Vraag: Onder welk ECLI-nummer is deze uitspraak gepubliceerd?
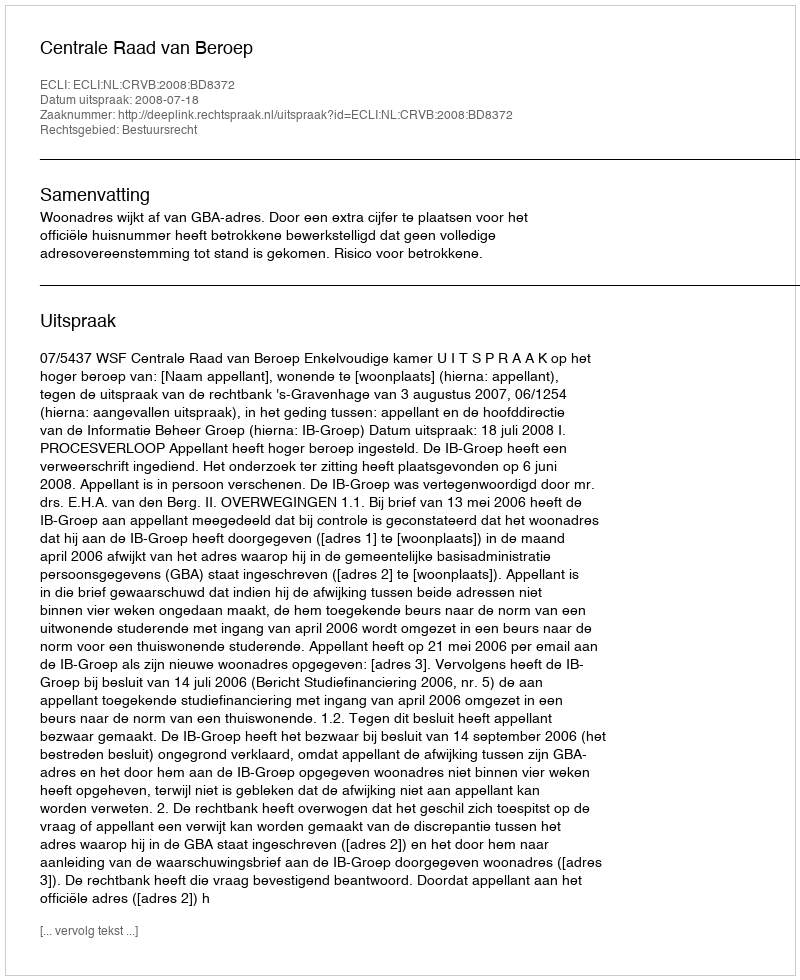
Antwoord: ECLI:NL:CRVB:2008:BD8372